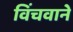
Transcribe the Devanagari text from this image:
विंचवाने